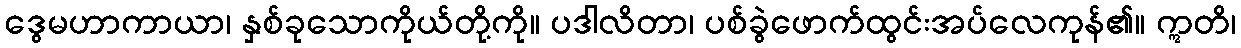
ဒွေမဟာကာယာ၊ နှစ်ခုသောကိုယ်တို့ကို။ ပဒါလိတာ၊ ပစ်ခွဲဖောက်ထွင်းအပ်လေကုန်၏။ ဣတိ၊